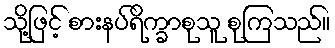
သို့ဖြင့် စားနပ်ရိက္ခာစုသူ စုကြသည်။